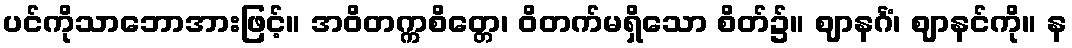
ပင်ကိုသာဘောအားဖြင့်။ အဝိတက္ကစိတ္တေ၊ ဝိတက်မရှိသော စိတ်၌။ ဈာနင်္ဂံ၊ ဈာနင်ကို။ န